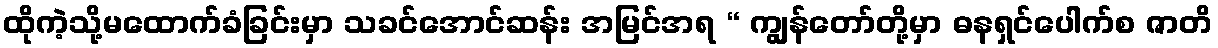
ထိုကဲ့သို့မထောက်ခံခြင်းမှာ သခင်အောင်ဆန်း အမြင်အရ “ ကျွန်တော်တို့မှာ ဓနရှင်ပေါက်စ ဇာတိ